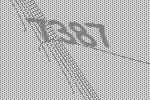
7387